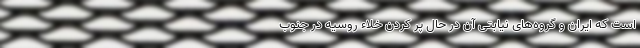
است که ایران و گروه‌های نیابتی آن در حال پُر کردن خلاء روسیه در جنوب